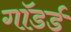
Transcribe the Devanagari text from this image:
गॉडर्ड